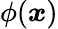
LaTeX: \phi({\boldsymbol{x}})